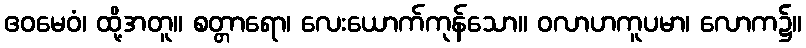
ဧဝမေဝံ၊ ထို့အတူ။ စတ္တာရော၊ လေးယောက်ကုန်သော။ ဝလာဟကူပမာ၊ လောက၌။